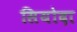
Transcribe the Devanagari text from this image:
सियोदा